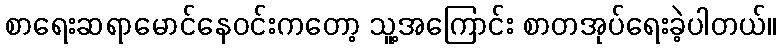
စာရေးဆရာမောင်နေဝင်းကတော့ သူ့အကြောင်း စာတအုပ်ရေးခဲ့ပါတယ်။